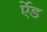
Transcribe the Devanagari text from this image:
र्एेड